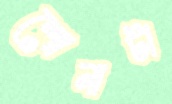
শোনাটা